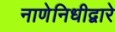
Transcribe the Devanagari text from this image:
नाणेनिधीद्वारे